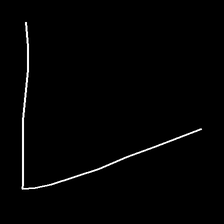
Glyph: region